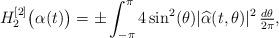
LaTeX: \begin{align*}H_2^{[2]}\bigl(\alpha(t)\bigr) = \pm\int_{-\pi}^\pi 4\sin^2(\theta) |\widehat{\alpha}(t,\theta)|^2\,\tfrac{d\theta}{2\pi},\end{align*}